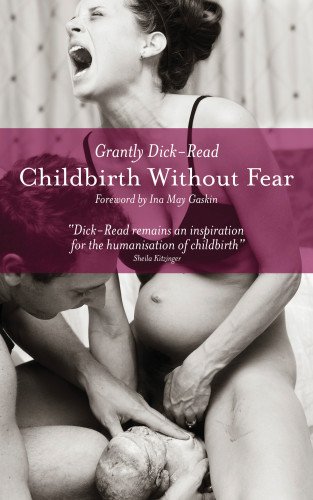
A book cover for Childbirth Without Fear: The Principles and Practice of Natural Childbirth; Grantly Dick-Read; Parenting & Relationships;